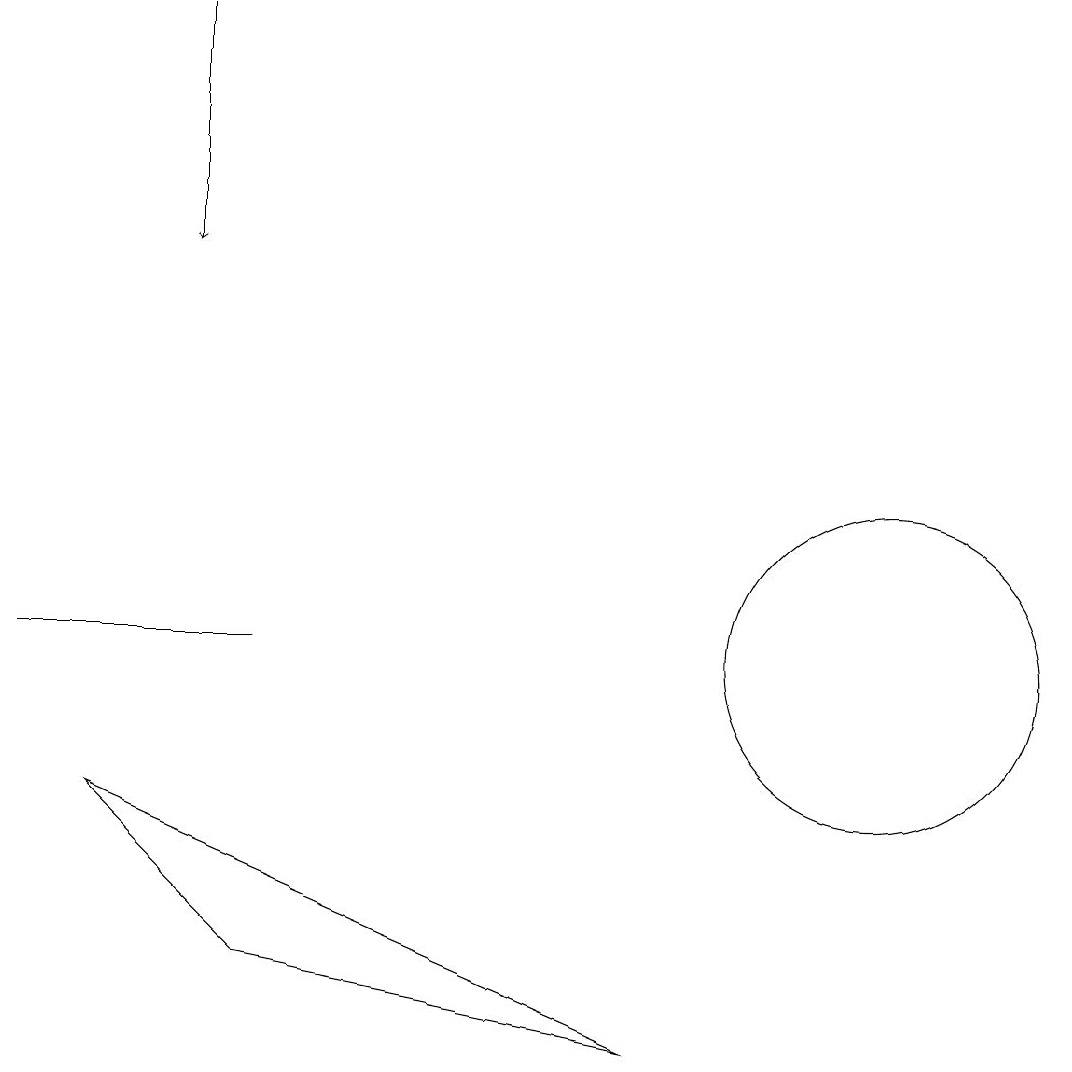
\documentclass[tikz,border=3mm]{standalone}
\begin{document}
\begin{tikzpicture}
\draw (2,9) -- (9,6) -- (4,7) -- cycle;
\draw[->] (3,19) -- (3,16);
\draw (12,11) circle (2);
\draw (4,11) rectangle (1,11);
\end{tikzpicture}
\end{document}